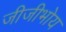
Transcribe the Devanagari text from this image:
जीजीभोय